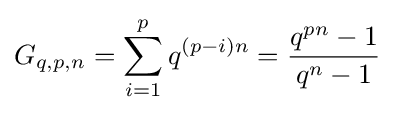
G_{q,p,n}=\sum _{i=1}^{p}q^{(p-i)n}={\frac {q^{pn}-1}{q^{n}-1}}